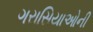
ગરાસિયાઓની